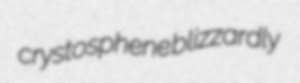
crystosphene blizzardly